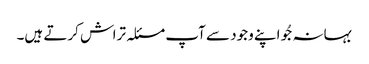
بہانہ جُو اپنے وجود سے آپ مسئلہ تراش کرتے ہیں۔